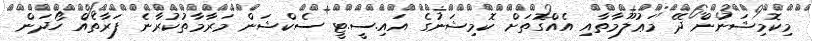
މިކޮމިޝަނުން ދޭ މަޢުލޫމާތާއި އެއްގޮތަށް ކޮމިޝަނުގެ އައި.ސީ.ޓީ ސެކްޝަން މަރާމާތުކުރާނެ ފަރާތެއް ހޯދަން